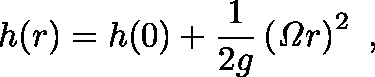
h ( r ) = h ( 0 ) + { \frac { 1 } { 2 g } } \left( { \mathit { \Omega } } r \right) ^ { 2 } \ ,